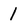
Character: 1